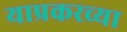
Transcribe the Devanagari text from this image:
याप्रकरच्या